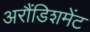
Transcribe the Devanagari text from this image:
अरौंडिशमेंट